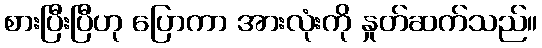
စားပြီးပြီဟု ပြောကာ အားလုံးကို နှုတ်ဆက်သည်။